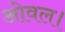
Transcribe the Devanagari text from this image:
ओवल।